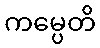
ကမ္ပေတိ